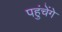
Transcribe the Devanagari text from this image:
पहुंचेंगे